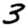
Digit: 3